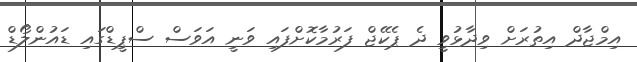
އިމްޖާދް އިތުރަށް ވިދާޅުވީ ދެ ޕެކޭޖް ފަރުމާކޮށްފައި ވަނީ އަވަސް ސްޕީޑްގައި ޑައުންލޯޑް